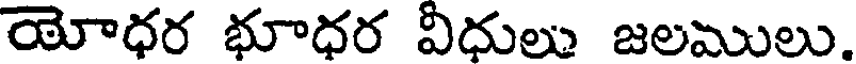
యోధర భూధర విధులు జలములు.